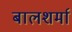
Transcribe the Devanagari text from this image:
बालशर्मा